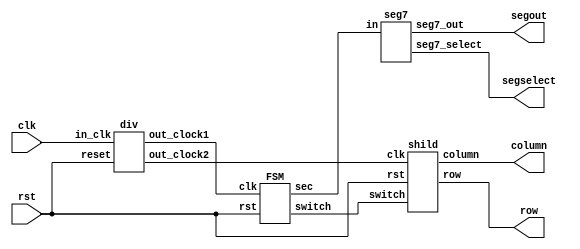
module lab6(segout,row,column,segselect,clk ,rst);
output [7:0]segout,row,column;
output [3:0]segselect;
input clk,rst;
wire clked1,clked2;
wire [2:0] switch;
wire out_clk1,out_clk2;
wire[3:0]sec;
div d1(out_clk1,out_clk2,clk,rst);
seg7 o(segout,segselect,sec);
FSM U(switch,sec,out_clk1,rst);
shild S(row,column,switch,rst,out_clk2);
endmodule
//---------------------------------------------------------
module FSM(switch,sec,clk,rst);
output reg [3:0] sec;
output reg [2:0]switch;
reg[1:0]state;
input clk,rst;
reg[24:0]devcnt;
parameter  init=2'd0,red=2'd1,green=2'd2,yellow=2'd3;
always @(posedge clk or negedge rst)begin
   if(~rst) begin
      sec<=4'd9;
      state<=init;
      switch<=0;
   end
   else begin
      case(state)
         init:begin
            sec<=4'd9;
            state<=red;
	    switch<=1;
         end
         red:begin
            if(sec>4'd0)
               sec<=sec-1;
            else begin
               sec<=4'd6;
               state<=green;
	       switch<=2;
            end
         end
         green:begin
            if(sec>4'd0)
               sec<=sec-1;
            else begin
               sec<=4'd3;
               state<=yellow;
	       switch<=3;
            end
         end
         yellow:begin
            if(sec>4'd0)
               sec<=sec-1;
            else begin
               sec<=4'd9;
               state<=red;
	       switch<=1;
            end
         end
         default:begin
            switch<=0;
            sec<=4'd9;
            state<=init;
         end
      endcase
   end
end
endmodule
//------------------------------------------------------------
module div(out_clock1,out_clock2,in_clk,reset);
output out_clock1,out_clock2;
input in_clk;
input reset;
reg[27:0] tmp;
assign out_clock1 = tmp[23];
assign out_clock2 = tmp[12];
always@(posedge in_clk or negedge reset)begin
   if(~reset)begin
      tmp <= 27'd0;
   end
   else begin
      tmp<=tmp+27'd1;
   end
end
endmodule
//-----------------------------------------------------------
module seg7(seg7_out,seg7_select,in);
output reg [7:0] seg7_out;
output [3:0] seg7_select;
input [3:0] in;

assign seg7_select=4'b0000;
always @(*)begin
	case(in)
	4'd0: begin seg7_out=8'b00000011; end
	4'd1: begin seg7_out=8'b10011111; end
	4'd2: begin seg7_out=8'b00100101; end
	4'd3: begin seg7_out=8'b00001101; end
	4'd4: begin seg7_out=8'b10011001; end
	4'd5: begin seg7_out=8'b01001001; end
	4'd6: begin seg7_out=8'b01000001; end
	4'd7: begin seg7_out=8'b00011111; end
	4'd8: begin seg7_out=8'b00000001; end
	4'd9: begin seg7_out=8'b00001001; end
	4'd10: begin seg7_out=8'b00010001; end
	4'd11: begin seg7_out=8'b11000001; end
	4'd12: begin seg7_out=8'b01100001; end
	4'd13: begin seg7_out=8'b10000101; end
	4'd14: begin seg7_out=8'b01100001; end
	4'd15: begin seg7_out=8'b01110001; end
	default:;
	endcase
end
endmodule
//---------------LED-------------------------------
module shild(row,column,switch,rst,clk);
output reg[7:0]row,column;
input rst,clk;
input [2:0] switch;
reg[11:0]devcnt;
always@(posedge clk or negedge rst)
begin
   if(~rst)
	   row<=8'b1111_1110;
	else
	   row<={row[6:0],row[7]};
end
always@(row,switch)begin
   if(switch==0)
      column<=8'd0;
   if(switch==1)begin
      case(row)
         8'b0111_1111:column<=~8'b00111000;
	 8'b1011_1111:column<=~8'b00100100;
	 8'b1101_1111:column<=~8'b00100100;
	 8'b1110_1111:column<=~8'b00111000;
	 8'b1111_0111:column<=~8'b00110000;
	 8'b1111_1011:column<=~8'b00101000;
	 8'b1111_1101:column<=~8'b00100100;
	 8'b1111_1110:column<=~8'b00100010;
	 default:column<=8'd0;
      endcase
   end
   if(switch==2)begin
      case(row)
         8'b0111_1111:column<=~8'b00000000;
	 8'b1011_1111:column<=~8'b00111100;
	 8'b1101_1111:column<=~8'b01000000;
	 8'b1110_1111:column<=~8'b01000000;
	 8'b1111_0111:column<=~8'b01001110;
	 8'b1111_1011:column<=~8'b01000010;
	 8'b1111_1101:column<=~8'b00111110;
	 8'b1111_1110:column<=~8'b00000010;
	 default:column<=8'd0;
      endcase
   end
   if(switch==3)begin
      case(row)
         8'b0111_1111:column<=~8'b00000000;
	 8'b1011_1111:column<=~8'b11000011;
	 8'b1101_1111:column<=~8'b01100110;
	 8'b1110_1111:column<=~8'b00011000;
	 8'b1111_0111:column<=~8'b00011000;
	 8'b1111_1011:column<=~8'b00011000;
	 8'b1111_1101:column<=~8'b00011000;
	 8'b1111_1110:column<=~8'b00011000;
	 default:column<=8'd0;
      endcase
   end
end
endmodule